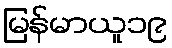
မြန်မာယူ၁၉